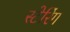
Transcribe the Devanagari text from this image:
स्टेरिंग